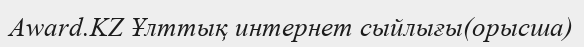
Award.KZ Ұлттық интернет сыйлығы(орысша)